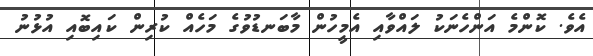
އެވެ. ކޮންމެ އަންހެނަކު ލައްވާއި އެމީހުން މާބަނޑުވުގެ މަހެއް ކުރިން ކައިބޮއި އުޅުނު